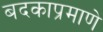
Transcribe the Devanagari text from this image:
बदकाप्रमाणे